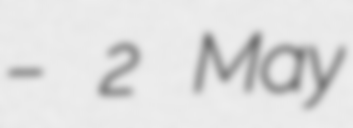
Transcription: – 2 May